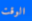
الوقت